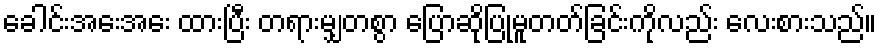
ခေါင်းအေးအေး ထားပြီး တရားမျှတစွာ ပြောဆိုပြုမူတတ်ခြင်းကိုလည်း လေးစားသည်။